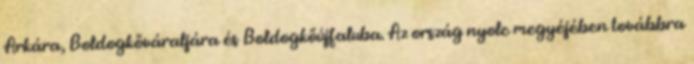
Arkára, Boldogkőváraljára és Boldogkőújfaluba. Az ország nyolc megyéjében továbbra